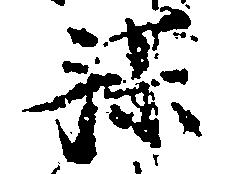
謀